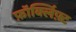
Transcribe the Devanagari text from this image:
फ़ॉर्क्लिफ़्ट